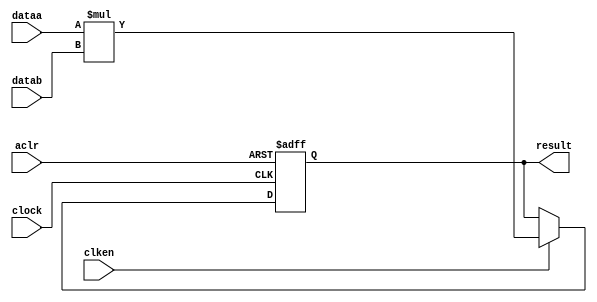
module  mult_2ct
	( 
	aclr,
	clken,
	clock,
	dataa,
	datab,
	result) /* synthesis synthesis_clearbox=1 */;
	input   aclr;
	input   clken;
	input   clock;
	input   [16:0]  dataa;
	input   [15:0]  datab;
	output   [32:0]  result;
`ifndef ALTERA_RESERVED_QIS
// synopsys translate_off
`endif
	tri0   aclr;
	tri1   clken;
	tri0   clock;
`ifndef ALTERA_RESERVED_QIS
// synopsys translate_on
`endif

	reg  [32:0]  result_output_reg;
	wire [16:0]    dataa_wire;
	wire [15:0]    datab_wire;
	wire [32:0]    result_wire;


	// synopsys translate_off
	initial
		result_output_reg = 0;
	// synopsys translate_on
	always @(posedge clock or posedge aclr)
		if (aclr == 1'b1)
			result_output_reg <= 33'b0;
		else
			if (clken == 1'b1)
				result_output_reg <= result_wire[32:0];

	assign dataa_wire = dataa;
	assign datab_wire = datab;
	assign result_wire = dataa_wire * datab_wire;
	assign result = ({result_output_reg});

endmodule